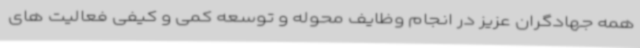
همه جهادگران عزیز در انجام وظایف محوله و توسعه کمی و کیفی فعالیت های